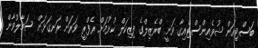
ބަސްޓިއަން ޝުވެއިންސްޓެއިގާ ވަނީ ބްރެޒިލްގެ ފިޒިކަލް ކުޅުމަށް ރެފްރީ ވަރަށް ރަނގަޅަށް ސަމާލުވާން